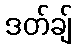
ဒတ်ချ်